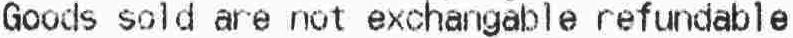
GOODS SOLD ARE NOT EXCHANGABLE REFUNDABLE